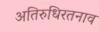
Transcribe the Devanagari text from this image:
अतिरुधिरतनाव